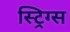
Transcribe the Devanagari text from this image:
स्ट्रिग्स